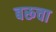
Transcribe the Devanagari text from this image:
बरूचा